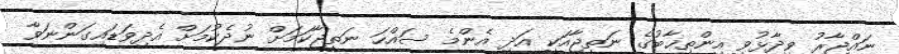
ނައްޖާރު ވިދާޅުވީ އިންތިޚާބުގެ ނަތީޖާއަކީ އަދި އެންމެ ސައްހަ ނަތީޖާކަމަށް ނުދެކުމަށް އެދިވަޑައިގަންނަވާ